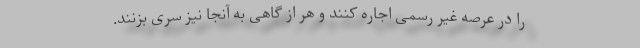
را در عرصه غیر رسمی اجاره کنند و هر از گاهی به آنجا نیز سری بزنند.